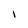
Character: i